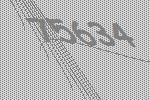
75634